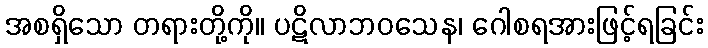
အစရှိသော တရားတို့ကို။ ပဋိလာဘဝသေန၊ ဂေါစရအားဖြင့်ရခြင်း